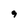
Character: 9